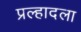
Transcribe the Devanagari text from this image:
प्रल्हादला